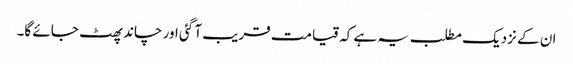
ان کے نزدیک مطلب یہ ہے کہ قیامت قریب آ گئی اور چاند پھٹ جائے گا۔